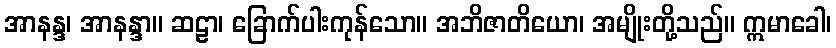
အာနန္ဒ၊ အာနန္ဒာ။ ဆဠာ၊ ခြောက်ပါးကုန်သော။ အဘိဇာတိယော၊ အမျိုးတို့သည်။ ဣမာခေါ၊